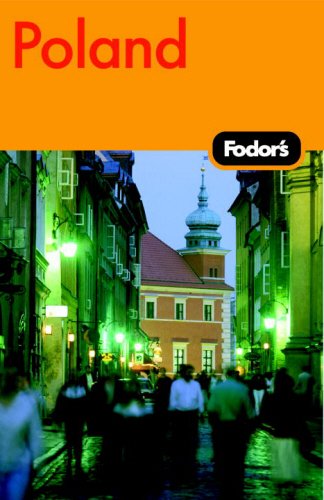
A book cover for Fodor's Poland, 1st Edition (Travel Guide); Fodor's; Travel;